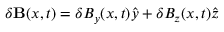
\delta { \bf B } ( x , t ) = \delta B _ { y } ( x , t ) \hat { y } + \delta B _ { z } ( x , t ) \hat { z }